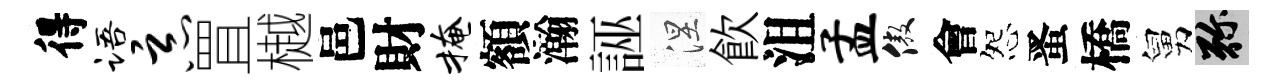
得语恶罝樾邑財掩額瀚誣涅飮沮孟傲會怨󱉠橋舅弥